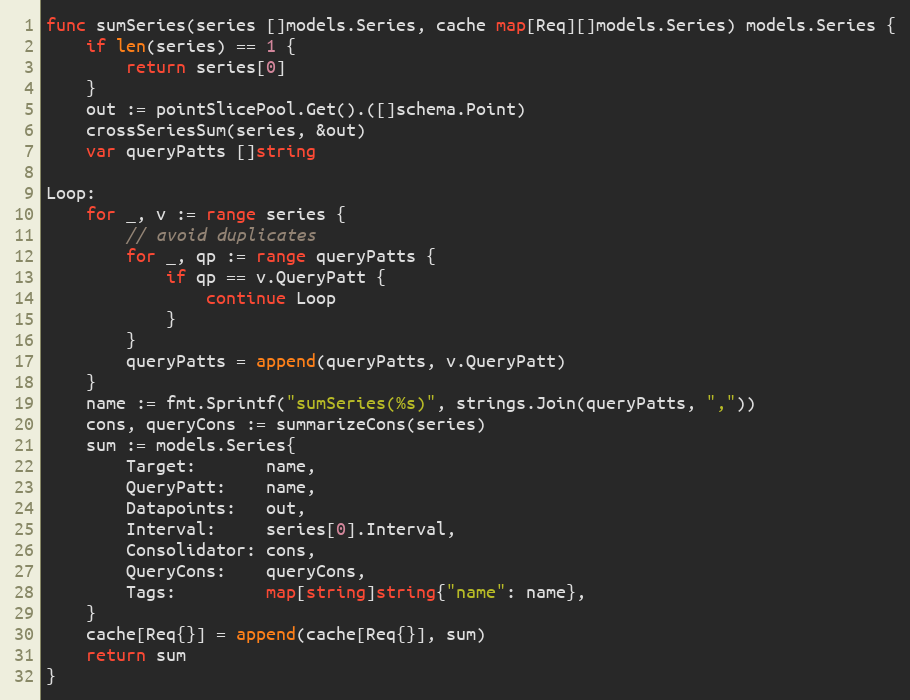
Language: Go
func sumSeries(series []models.Series, cache map[Req][]models.Series) models.Series {
	if len(series) == 1 {
		return series[0]
	}
	out := pointSlicePool.Get().([]schema.Point)
	crossSeriesSum(series, &out)
	var queryPatts []string

Loop:
	for _, v := range series {
		// avoid duplicates
		for _, qp := range queryPatts {
			if qp == v.QueryPatt {
				continue Loop
			}
		}
		queryPatts = append(queryPatts, v.QueryPatt)
	}
	name := fmt.Sprintf("sumSeries(%s)", strings.Join(queryPatts, ","))
	cons, queryCons := summarizeCons(series)
	sum := models.Series{
		Target:       name,
		QueryPatt:    name,
		Datapoints:   out,
		Interval:     series[0].Interval,
		Consolidator: cons,
		QueryCons:    queryCons,
		Tags:         map[string]string{"name": name},
	}
	cache[Req{}] = append(cache[Req{}], sum)
	return sum
}